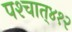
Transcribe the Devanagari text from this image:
पश्‍चात्‌४१२